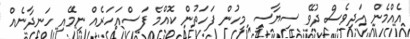
އެއްމެން އަދިވެސް ދުވޭ ސިޔާސީ މީހުން ފަހަތުން ކޮއްމެ ފަސްއަހަރެއް ނިމޭއި ހަނދާނެއް